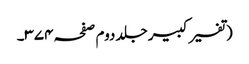
(تفسیر کبیر جلد دوم صفحہ ۳۷۴۔